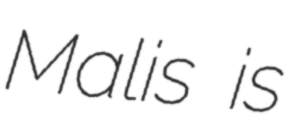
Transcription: Malis is